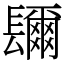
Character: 镾